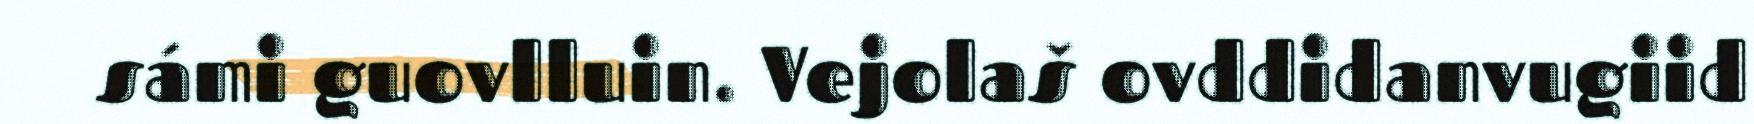
sámi guovlluin. Vejolaš ovddidanvugiid